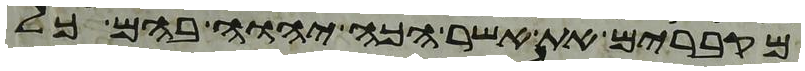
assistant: מקברים את אשר הכה יהוה בהם כל